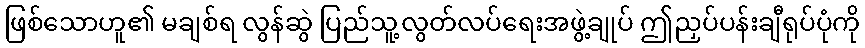
ဖြစ်သောဟူ၏ မချစ်ရ လွန်ဆွဲ ပြည်သူ့လွတ်လပ်ရေးအဖွဲ့ချုပ် ဤညှပ်ပန်းချီရုပ်ပုံကို